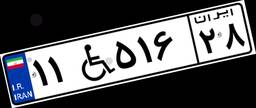
۷۰W۳۶۷۷۶